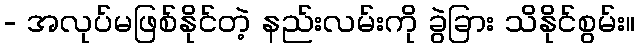
- အလုပ်မဖြစ်နိုင်တဲ့ နည်းလမ်းကို ခွဲခြား သိနိုင်စွမ်း။